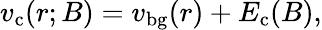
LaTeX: v_{\mathrm{c}}(r;B)=v_{\mathrm{bg}}(r)+E_{\mathrm{c}}(B),